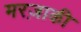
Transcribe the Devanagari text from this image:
मरज़ाकी